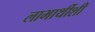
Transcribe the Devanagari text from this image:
लाभार्थीशी